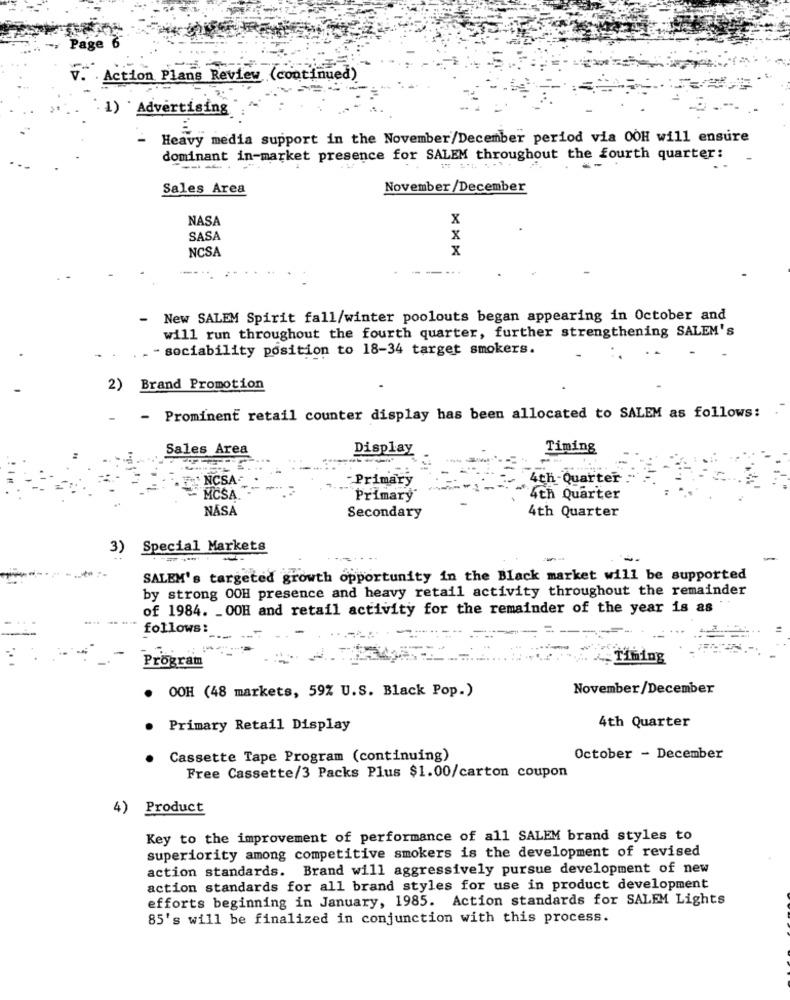
age 6
Action Plans Review (continued)
1) ` Advertising
- Heavy media support in the November/December period via OOH will ensure
dominant in-market presence for SALEM throughout the fourth quarter:
---.-
Sales Area
November/December
NASA
x
SASA
x
NCSA
x
-
New SALEM Spirit fall/winter poolouts began appearing in October and
will run throughout the fourth quarter, further strengthening SALEM's
.- sociability position to 18-34 target smokers.
2)
Brand Promotion
Prominent retail counter display has been allocated to SALEM as follows:
Sales Area
Display
Timing
NCSA
-Primary
4th-Quarter
MCSA
Primary
4th Quarter
NASA
Secondary
4th Quarter
3)
Special Markets
-
SALEM's targeted growth opportunity in the Black market will be supported
by strong OOH presence and heavy retail activity throughout the remainder
of 1984. _ OOH and retail activity for the remainder of the year is as
follows:
Timing
Pro
ram
OOH (48 markets, 59% U.S. Black Pop.)
November/December
4th Quarter
Primary Retail Display
Cassette Tape Program (continuing)
October - December
Free Cassette/3 Packs Plus $1.00/carton coupon
4)
Product
Key to the improvement of performance of all SALEM brand styles to
superiority among competitive smokers is the development of revised
action standards. Brand will aggressively pursue development of new
action standards for all brand styles for use in product development
efforts beginning in January, 1985. Action standards for SALEM Lights
85's will be finalized in conjunction with this process.